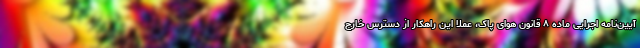
آیین‌نامه اجرایی ماده ۸ قانون هوای پاک، عملا این راهکار از دسترس خارج